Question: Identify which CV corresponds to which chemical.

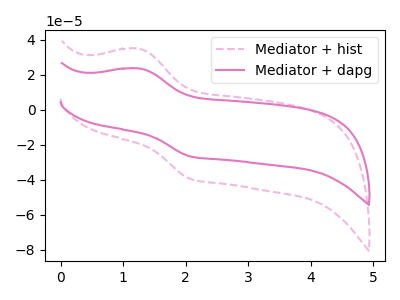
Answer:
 <answer>The pink dashed curve is labeled "Mediator + hist". The pink curve is labeled "Mediator + dapg".</answer>
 <eval></eval>